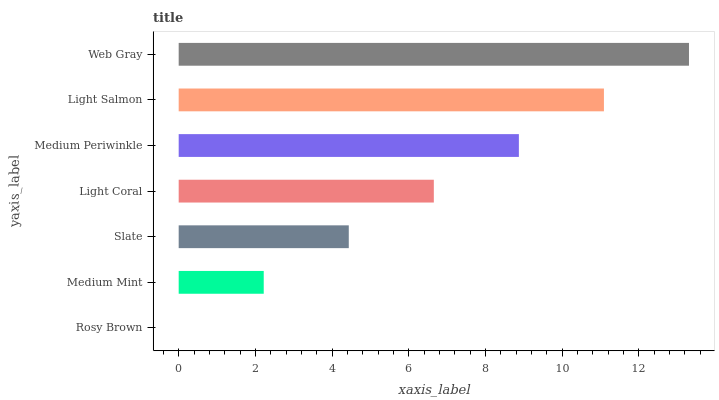
| yaxis_label | bars |
 | --- | --- |
 | Rosy Brown | 0 |
 | Medium Mint | 2.22 |
 | Slate | 4.44 |
 | Light Coral | 6.65 |
 | Medium Periwinkle | 8.87 |
 | Light Salmon | 11.1 |
 | Web Gray | 13.3 |